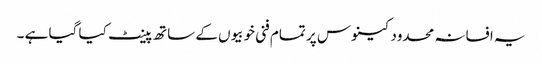
یہ افسانہ محدود کینوس پر تمام فنی خوبیوں کے ساتھ پینٹ کیا گیا ہے ۔